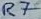
Text: R7